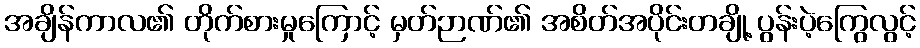
အချိန်ကာလ၏ တိုက်စားမှုကြောင့် မှတ်ဉာဏ်၏ အစိတ်အပိုင်းတချို့ ပွန်းပဲ့ကြွေလွင့်